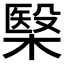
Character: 𣘦